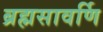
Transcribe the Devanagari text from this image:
ब्रह्मसावर्णि